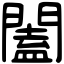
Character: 闔